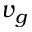
v _ { g }